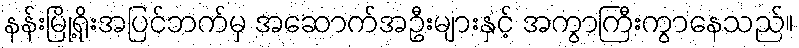
နန်းမြို့ရိုးအပြင်ဘက်မှ အဆောက်အဦးများနှင့် အကွာကြီးကွာနေသည်။